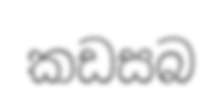
කඩසබ